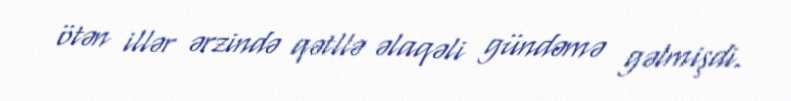
ötən illər ərzində qətllə əlaqəli gündəmə gəlmişdi.